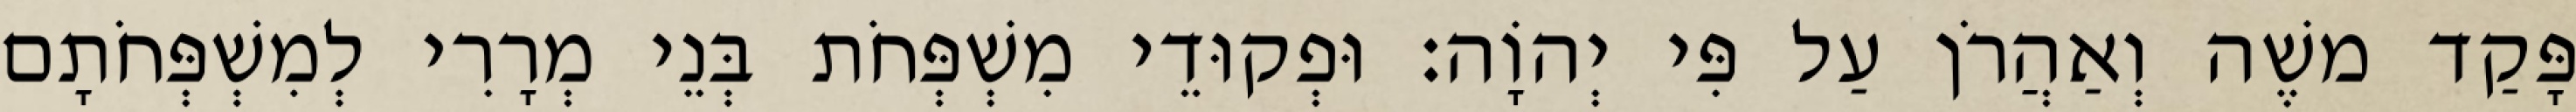
פָּקַד משֶׁה וְאַהֲרֹן עַל פִּי יְהוָֹה׃ וּפְקוּדֵי מִשְׁפְּחֹת בְּנֵי מְרָרִי לְמִשְׁפְּחֹתָם